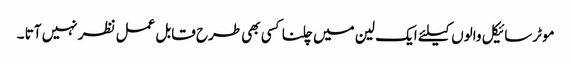
موٹرسائیکل والوں کیلئے ایک لین میں چلنا کسی بھی طرح قابل عمل نظر نہیں آتا ۔